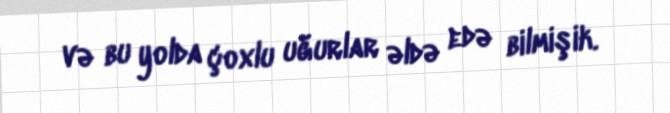
və bu yolda çoxlu uğurlar əldə edə bilmişik.